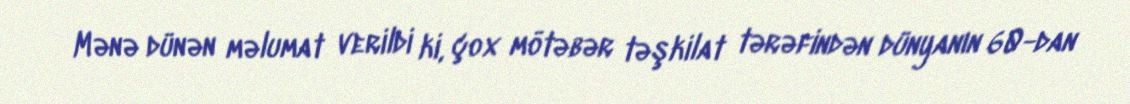
Mənə dünən məlumat verildi ki, çox mötəbər təşkilat tərəfindən dünyanın 60-dan